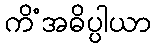
ကိံအဓိပ္ပါယာ